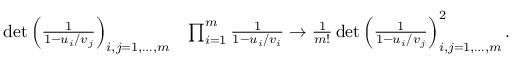
\begin{array} { r l } { \operatorname* { d e t } \left( \frac { 1 } { 1 - u _ { i } / v _ { j } } \right) _ { i , j = 1 , \dots , m } } & { \prod _ { i = 1 } ^ { m } \frac { 1 } { 1 - u _ { i } / v _ { i } } \rightarrow \frac { 1 } { m ! } \operatorname* { d e t } \left( \frac { 1 } { 1 - u _ { i } / v _ { j } } \right) _ { i , j = 1 , \dots , m } ^ { 2 } . } \end{array}